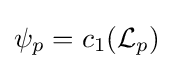
\psi _{p}=c_{1}({\mathcal {L}}_{p})